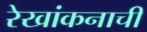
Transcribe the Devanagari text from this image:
रेखांकनाची